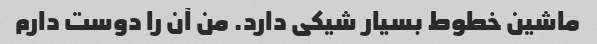
ماشین خطوط بسیار شیکی دارد. من آن را دوست دارم